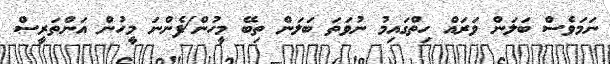
ނަމަވެސް ބަލަން ވަރައް ހިިތްގައިމު ނުވަތަ ބަލަން ތިބޭ މީހުން/ފެންނަ މީހުން އަންތަރީސް